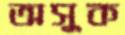
অসুক